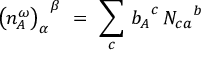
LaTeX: { \bigl ( n _ { A } ^ { \omega } \bigr ) _ { \alpha } } ^ { \beta } \ = \ \sum _ { c } \, { b _ { A } } ^ { c } \, { N _ { c a } } ^ { b }